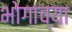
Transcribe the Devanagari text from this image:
भोगाच्या